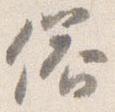
俗